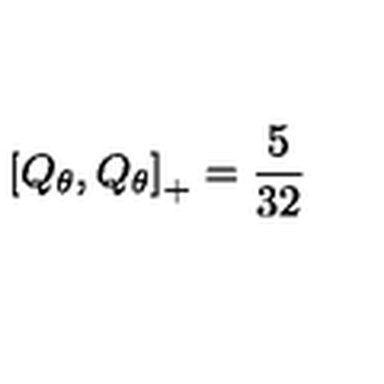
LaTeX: \left[ Q _ { \theta } , Q _ { \theta } \right] _ { + } = \frac { 5 } { 3 2 }